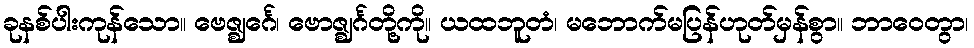
ခုနစ်ပါးကုန်သော။ ဗေဇ္ဈင်္ဂေ၊ ဗောဇ္ဈင်္ဂတို့ကို။ ယထဘူတံ၊ မဘောက်မပြန်ဟုတ်မှန်စွာ။ ဘာဝေတွာ၊